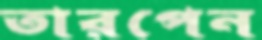
তারপেন